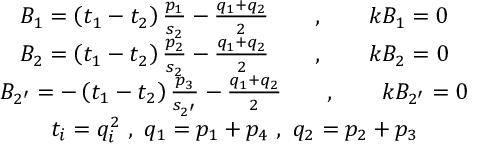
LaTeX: \begin{array} { c } { { B _ { 1 } = \left( t _ { 1 } - t _ { 2 } \right) \frac { p _ { 1 } } { s _ { 2 } } - \frac { q _ { 1 } + q _ { 2 } } 2 \qquad , \qquad k B _ { 1 } = 0 } } \\ { { B _ { 2 } = \left( t _ { 1 } - t _ { 2 } \right) \frac { p _ { 2 } } { s _ { 2 } } - \frac { q _ { 1 } + q _ { 2 } } 2 \qquad , \qquad k B _ { 2 } = 0 } } \\ { { B _ { 2 ^ { \prime } } = - \left( t _ { 1 } - t _ { 2 } \right) \frac { p _ { 3 } } { s _ { 2 ^ { \prime } } } - \frac { q _ { 1 } + q _ { 2 } } 2 \qquad , \qquad k B _ { 2 ^ { \prime } } = 0 } } \\ { { t _ { i } = q _ { i } ^ { 2 } \ , \ q _ { 1 } = p _ { 1 } + p _ { 4 } \ , \ q _ { 2 } = p _ { 2 } + p _ { 3 } } } \end{array}